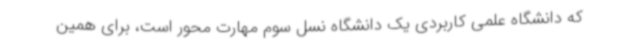
که دانشگاه علمی کاربردی یک دانشگاه نسل سوم مهارت محور است، برای همین